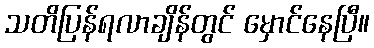
သတိပြန်ရလာချိန်တွင် မှောင်နေပြီ။